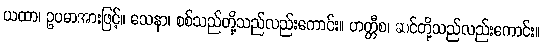
ယထာ၊ ဥပမာအားဖြင့်။ သေနာ၊ စစ်သည်တို့သည်လည်းကောင်း။ ဟတ္တီစ၊ ဆင်တို့သည်လည်းကောင်း။